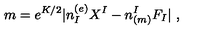
m = e ^ { K / 2 } | n _ { I } ^ { ( e ) } X ^ { I } - n _ { ( m ) } ^ { I } F _ { I } | \ ,